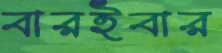
বারইবার